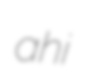
ahi